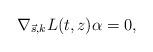
LaTeX: \begin{align*} \nabla_{\vec s,k}L(t,z)\alpha=0,\end{align*}